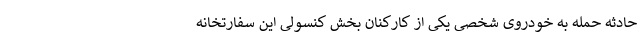
حادثه حمله به خودروی شخصی یکی از کارکنان بخش کنسولی این سفارتخانه